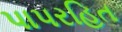
પાપરહિત